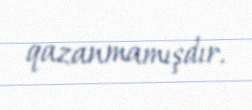
qazanmamışdır.